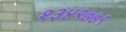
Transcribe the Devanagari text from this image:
१३४९७७९